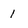
Character: 1